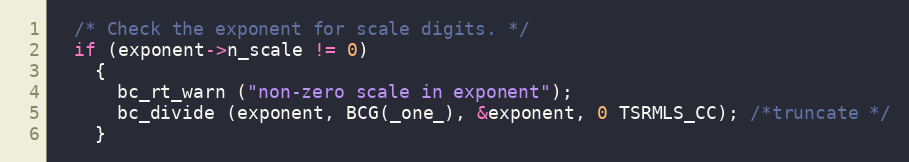
Language: C++
  /* Check the exponent for scale digits. */
  if (exponent->n_scale != 0)
    {
      bc_rt_warn ("non-zero scale in exponent");
      bc_divide (exponent, BCG(_one_), &exponent, 0 TSRMLS_CC); /*truncate */
    }